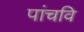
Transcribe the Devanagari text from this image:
पांचवि